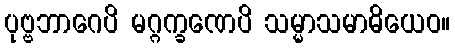
ပုဗ္ဗဘာဂေပိ မဂ္ဂက္ခဏေပိ သမ္မာသမာဓိယေဝ။